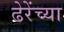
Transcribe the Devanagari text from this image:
ढेरेंच्या